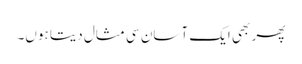
پھر بھی ایک آسان سی مثال دیتا ہوں۔